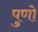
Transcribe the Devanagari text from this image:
पुणो